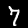
Label: 7